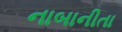
નાબાનીતા